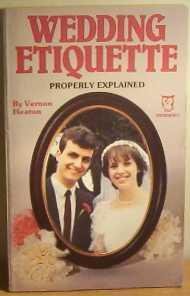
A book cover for WEDDING ETIQUETTE PROPERLY EXPLAINED (PAPERFRONTS S.); VERNON HEATON; Crafts, Hobbies & Home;